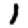
Digit: 1